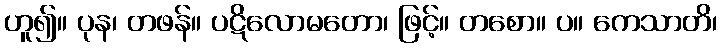
ဟူ၍။ ပုန၊ တဖန်။ ပဋိလောမတော၊ ဖြင့်။ တစော။ ပ။ ကေသာတိ၊